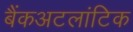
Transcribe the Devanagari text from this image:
बैंकअटलांटिक